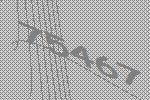
75467